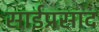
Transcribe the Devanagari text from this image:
साईप्रसाद